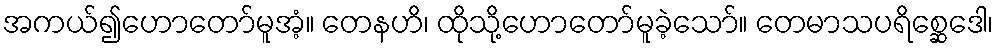
အကယ်၍ဟောတော်မူအံ့။ တေနဟိ၊ ထိုသို့ဟောတော်မူခဲ့သော်။ တေမာသပရိစ္ဆေဒေါ၊